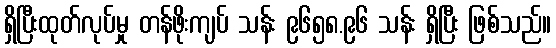
ရှိပြီးထုတ်လုပ်မှု တန်ဖိုးကျပ် သန်း ၉၆၅၈.၉၆ သန်း ရှိပြီး ဖြစ်သည်။